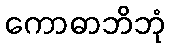
ကောဓာဘိဘုံ